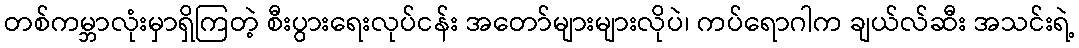
တစ်ကမ္ဘာလုံးမှာရှိကြတဲ့ စီးပွားရေးလုပ်ငန်း အတော်များများလိုပဲ၊ ကပ်ရောဂါက ချယ်လ်ဆီး အသင်းရဲ့